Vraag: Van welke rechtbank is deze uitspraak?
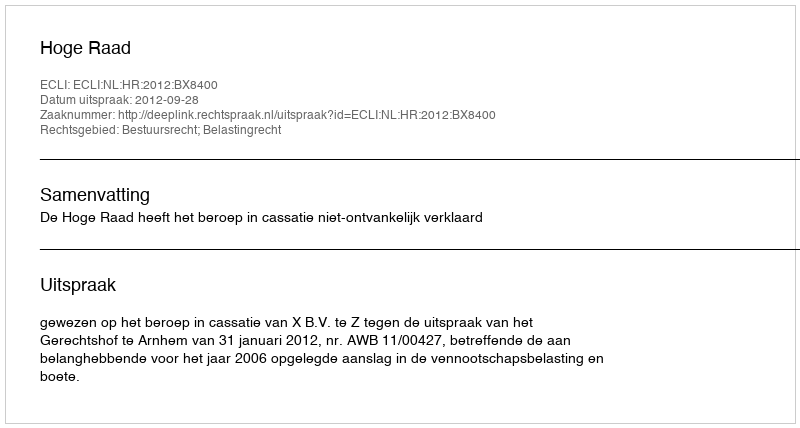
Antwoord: Hoge Raad